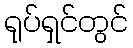
ရုပ်ရှင်တွင်